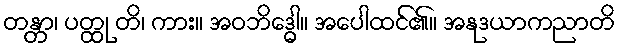
တန္တာ၊ ပတ္ထု တိ၊ ကား။ အဝဘိဒ္ဓေါ။ အပေါထင်၏။ အနုဒယာကညာတိ